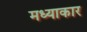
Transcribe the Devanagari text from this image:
मध्याकार